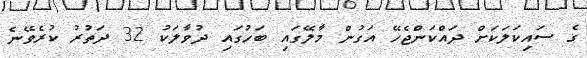
ގެ ސައިކަލަކަށް ދައްކަންޖެހޭ އަގުން މާލޭގައި ބަހުގައި ދުވާލަކު 32 ދަތުރު ކުރެވޭނެ